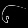
Digit: ၆